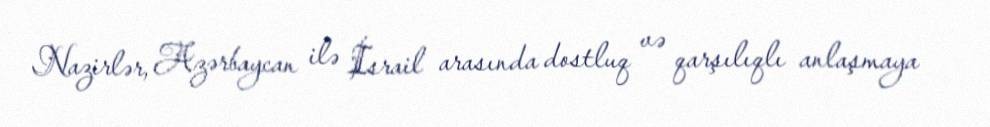
Nazirlər, Azərbaycan ilə İsrail arasında dostluq və qarşılıqlı anlaşmaya